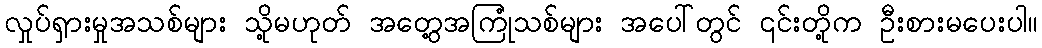
လှုပ်ရှားမှုအသစ်များ သို့မဟုတ် အတွေ့အကြုံသစ်များ အပေါ်တွင် ၎င်းတို့က ဦးစားမပေးပါ။